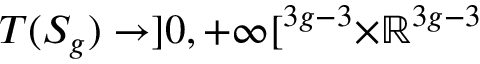
T ( S _ { g } ) \to ] 0 , + \infty [ ^ { 3 g - 3 } \times \mathbb { R } ^ { 3 g - 3 }